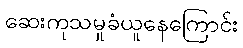
ဆေးကုသမှုခံယူနေကြောင်း